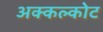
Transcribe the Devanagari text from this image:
अक्कल्कोट